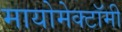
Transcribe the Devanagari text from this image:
मायोमेक्टॉमी